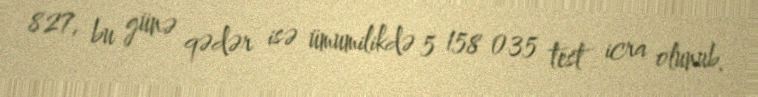
827, bu günə qədər isə ümumilikdə 5 158 035 test icra olunub.